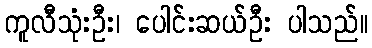
ကူလီသုံးဦး၊ ပေါင်းဆယ်ဦး ပါသည်။